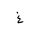
Letter: _gayn